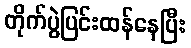
တိုက်ပွဲပြင်းထန်နေပြီး